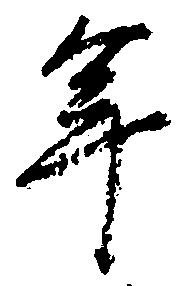
年